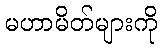
မဟာမိတ်များကို